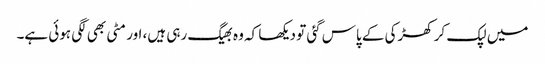
میں‌ لپک کر کھڑکی کے پاس گئی تو دیکھا کہ وہ بھیگ رہی ہیں، اور مٹی بھی لگی ہوئی ہے۔